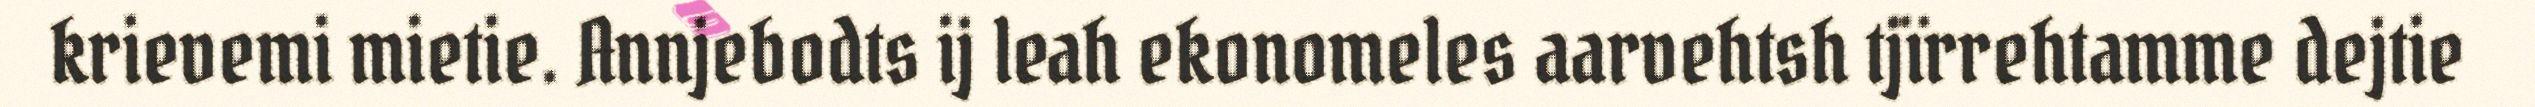
krievemi mietie. Annjebodts ij leah ekonomeles aarvehtsh tjïrrehtamme dejtie